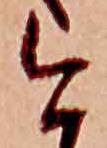
今